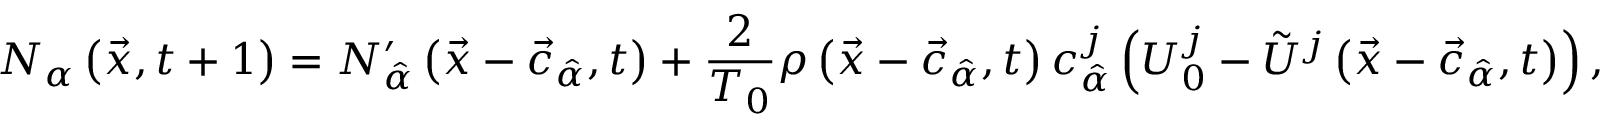
N _ { \alpha } \left( \vec { x } , t + 1 \right) = N _ { \hat { \alpha } } ^ { \prime } \left( \vec { x } - \vec { c } _ { \hat { \alpha } } , t \right) + \frac { 2 } { T _ { 0 } } \rho \left( \vec { x } - \vec { c } _ { \hat { \alpha } } , t \right) c _ { \hat { \alpha } } ^ { j } \left( U _ { 0 } ^ { j } - \tilde { U } ^ { j } \left( \vec { x } - \vec { c } _ { \hat { \alpha } } , t \right) \right) ,